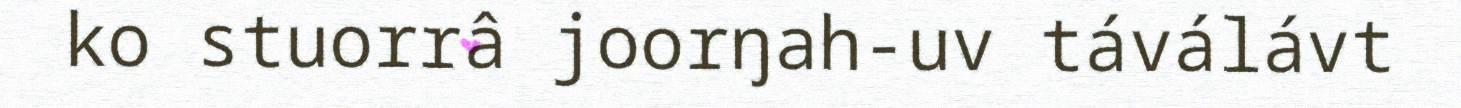
ko stuorrâ joorŋah-uv táválávt